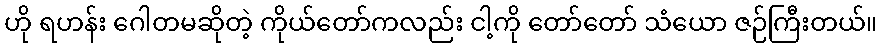
ဟို ရဟန်း ဂေါတမဆိုတဲ့ ကိုယ်တော်ကလည်း ငါ့ကို တော်တော် သံယော ဇဉ်ကြီးတယ်။